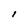
Character: l